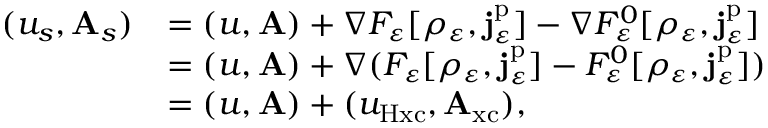
\begin{array} { r l } { ( u _ { s } , \mathbf { A } _ { s } ) } & { = ( u , \mathbf { A } ) + \nabla F _ { \varepsilon } [ \rho _ { \varepsilon } , \mathbf { j } _ { \varepsilon } ^ { \mathrm { p } } ] - \nabla F _ { \varepsilon } ^ { 0 } [ \rho _ { \varepsilon } , \mathbf { j } _ { \varepsilon } ^ { \mathrm { p } } ] } \\ & { = ( u , \mathbf { A } ) + \nabla ( F _ { \varepsilon } [ \rho _ { \varepsilon } , \mathbf { j } _ { \varepsilon } ^ { \mathrm { p } } ] - F _ { \varepsilon } ^ { 0 } [ \rho _ { \varepsilon } , \mathbf { j } _ { \varepsilon } ^ { \mathrm { p } } ] ) } \\ & { = ( u , \mathbf { A } ) + ( u _ { \mathrm { H x c } } , \mathbf { A } _ { \mathrm { x c } } ) , } \end{array}